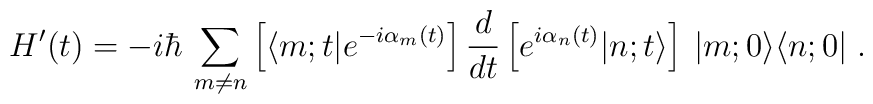
H'(t)=-i\hbar\,\sum_{m\neq n}\left[ \langle m;t|e^{-i\alpha_m(t)}\right]	\frac{d}{dt}\left[ e^{i\alpha_n(t)}|n;t\rangle\right]\:|m;0\rangle\langle n;0| \;.